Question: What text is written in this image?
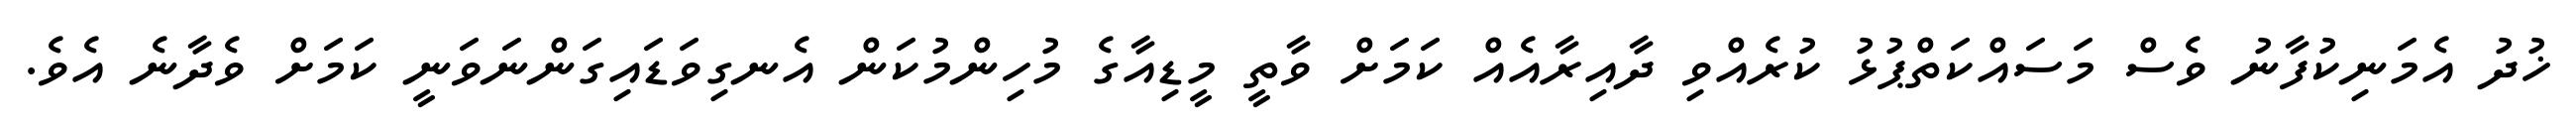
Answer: ޚުދު އެމަނިކުފާނު ވެސް މަސައްކަތްޕުޅު ކުރެއްވި ދާއިރާއެއް ކަމަށް ވާތީ މީޑިއާގެ މުހިންމުކަން އެނގިވަޑައިގަންނަވަނީ ކަމަށް ވެދާނެ އެވެ.